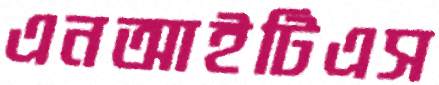
এনআইটিএস